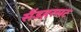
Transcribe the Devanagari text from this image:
सैंडहरसट